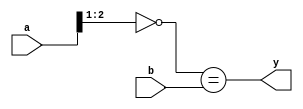
module test03(a, b, y);
  input [2:0] a;
  input signed [1:0] b;
  output y;
  assign y = ~(a >>> 1) == b;
endmodule